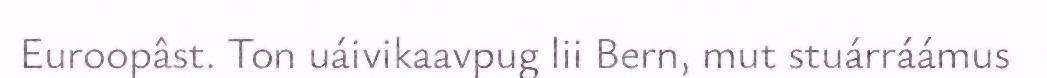
Euroopâst. Ton uáivikaavpug lii Bern, mut stuárráámus